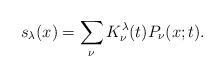
LaTeX: \begin{align*}s_{\lambda}(x) = \sum_{\nu} K^{\lambda}_{\nu}(t) P_{\nu}(x;t).\end{align*}